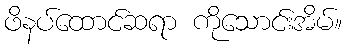
ဖိနပ်ထောင်ဆရာ ကိုသောင်းအိမ်။